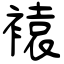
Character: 褤